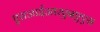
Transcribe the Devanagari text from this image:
एसआईआरएनएएस